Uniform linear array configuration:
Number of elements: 48
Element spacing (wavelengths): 1
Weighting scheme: cosine
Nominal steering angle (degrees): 45
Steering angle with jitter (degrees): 44.675
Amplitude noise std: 0.05
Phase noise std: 0.05

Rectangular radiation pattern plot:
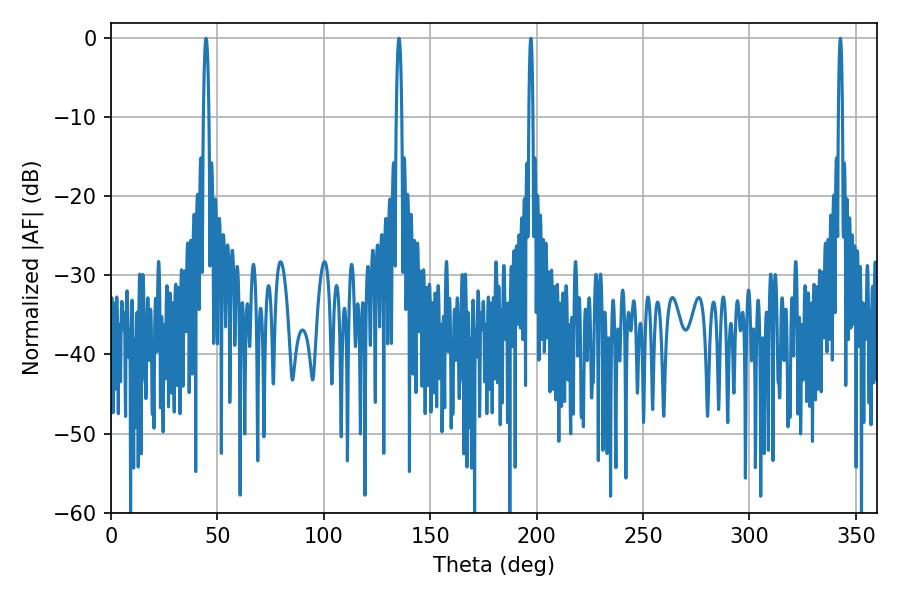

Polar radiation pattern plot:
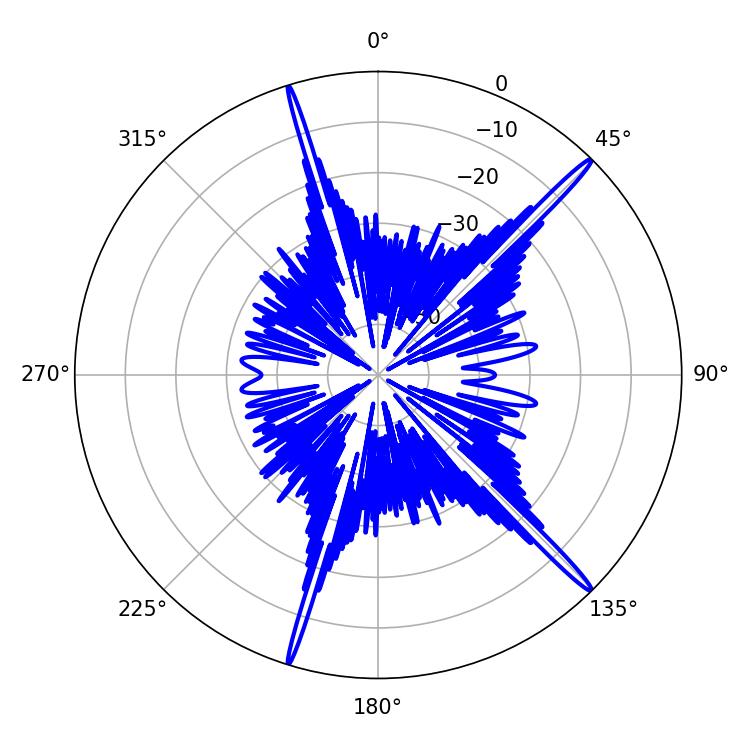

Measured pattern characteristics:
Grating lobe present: TRUE
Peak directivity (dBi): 18.475
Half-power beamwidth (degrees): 1.08
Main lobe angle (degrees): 197.28